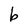
Character: b